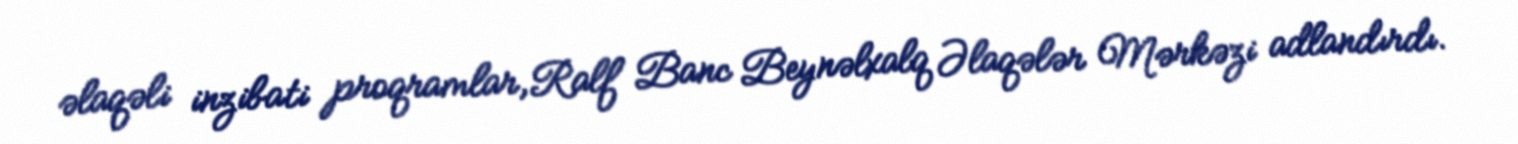
əlaqəli inzibati proqramlar,Ralf Banc Beynəlxalq Əlaqələr Mərkəzi adlandırdı.